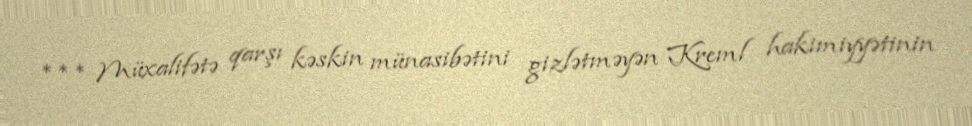
*** Müxalifətə qarşı kəskin münasibətini gizlətməyən Kreml hakimiyyətinin